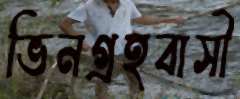
ভিনগ্রহবাসী